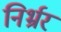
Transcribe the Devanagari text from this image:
निर्भ्रर